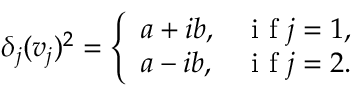
\delta _ { j } ( v _ { j } ) ^ { 2 } = \left\{ \begin{array} { l l } { a + i b , } & { \mathrm { ~ i ~ f ~ } j = 1 , } \\ { a - i b , } & { \mathrm { ~ i ~ f ~ } j = 2 . } \end{array} \right.